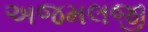
અજમલજી